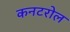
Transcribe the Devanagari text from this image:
कनटरोल